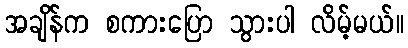
အချိန်က စကားပြော သွားပါ လိမ့်မယ်။